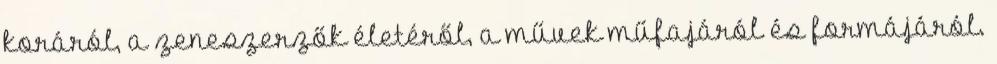
koráról, a zeneszerzők életéről, a művek műfajáról és formájáról.